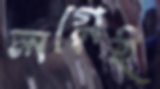
লগ্নেই